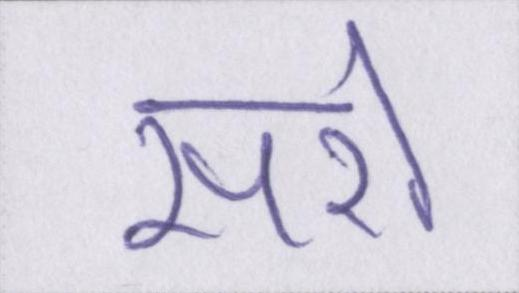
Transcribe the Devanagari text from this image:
सरो